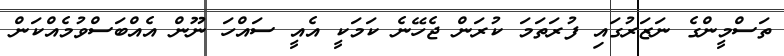
ތަސްމީންގެ ނަޒަރުގައި ފުރަތަމަ ކުރަން ޖެހޭނެ ކަމަކީ އެއީ ސައްހަ ނޫން އެއްބަސްވުމެއްކަން